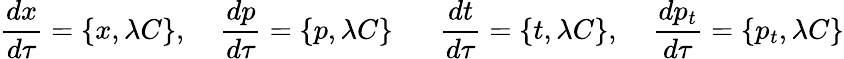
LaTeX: {\frac{dx}{d\tau}}=\{ x,\lambda C\} ,\; \; \; \; {\frac{dp}{d\tau}}=\{ p,\lambda C\} \; \; \; \; \; \; {\frac{dt}{d\tau}}=\{ t,\lambda C\} ,\; \; \; \; {\frac{dp_{t}}{d\tau}}=\{ p_{t},\lambda C\}